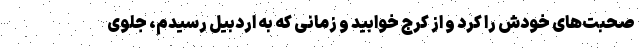
صحبت‌های خودش را کرد و از کرج خوابید و زمانی که به اردبیل رسیدم، جلوی